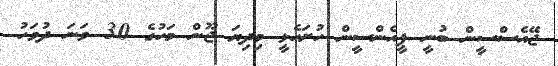
ޖޭއެސްސީން ބުނީ ޕީއެންސީން ހުށަހެޅީ މިދިޔަ ޖޫން މަހުގެ 30 ވަނަ ދުވަހު